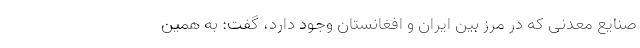
صنایع معدنی که در مرز بین ایران و افغانستان وجود دارد، گفت: به همین